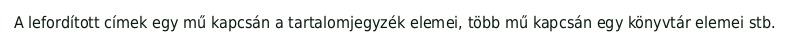
A lefordított címek egy mű kapcsán a tartalomjegyzék elemei, több mű kapcsán egy könyvtár elemei stb.